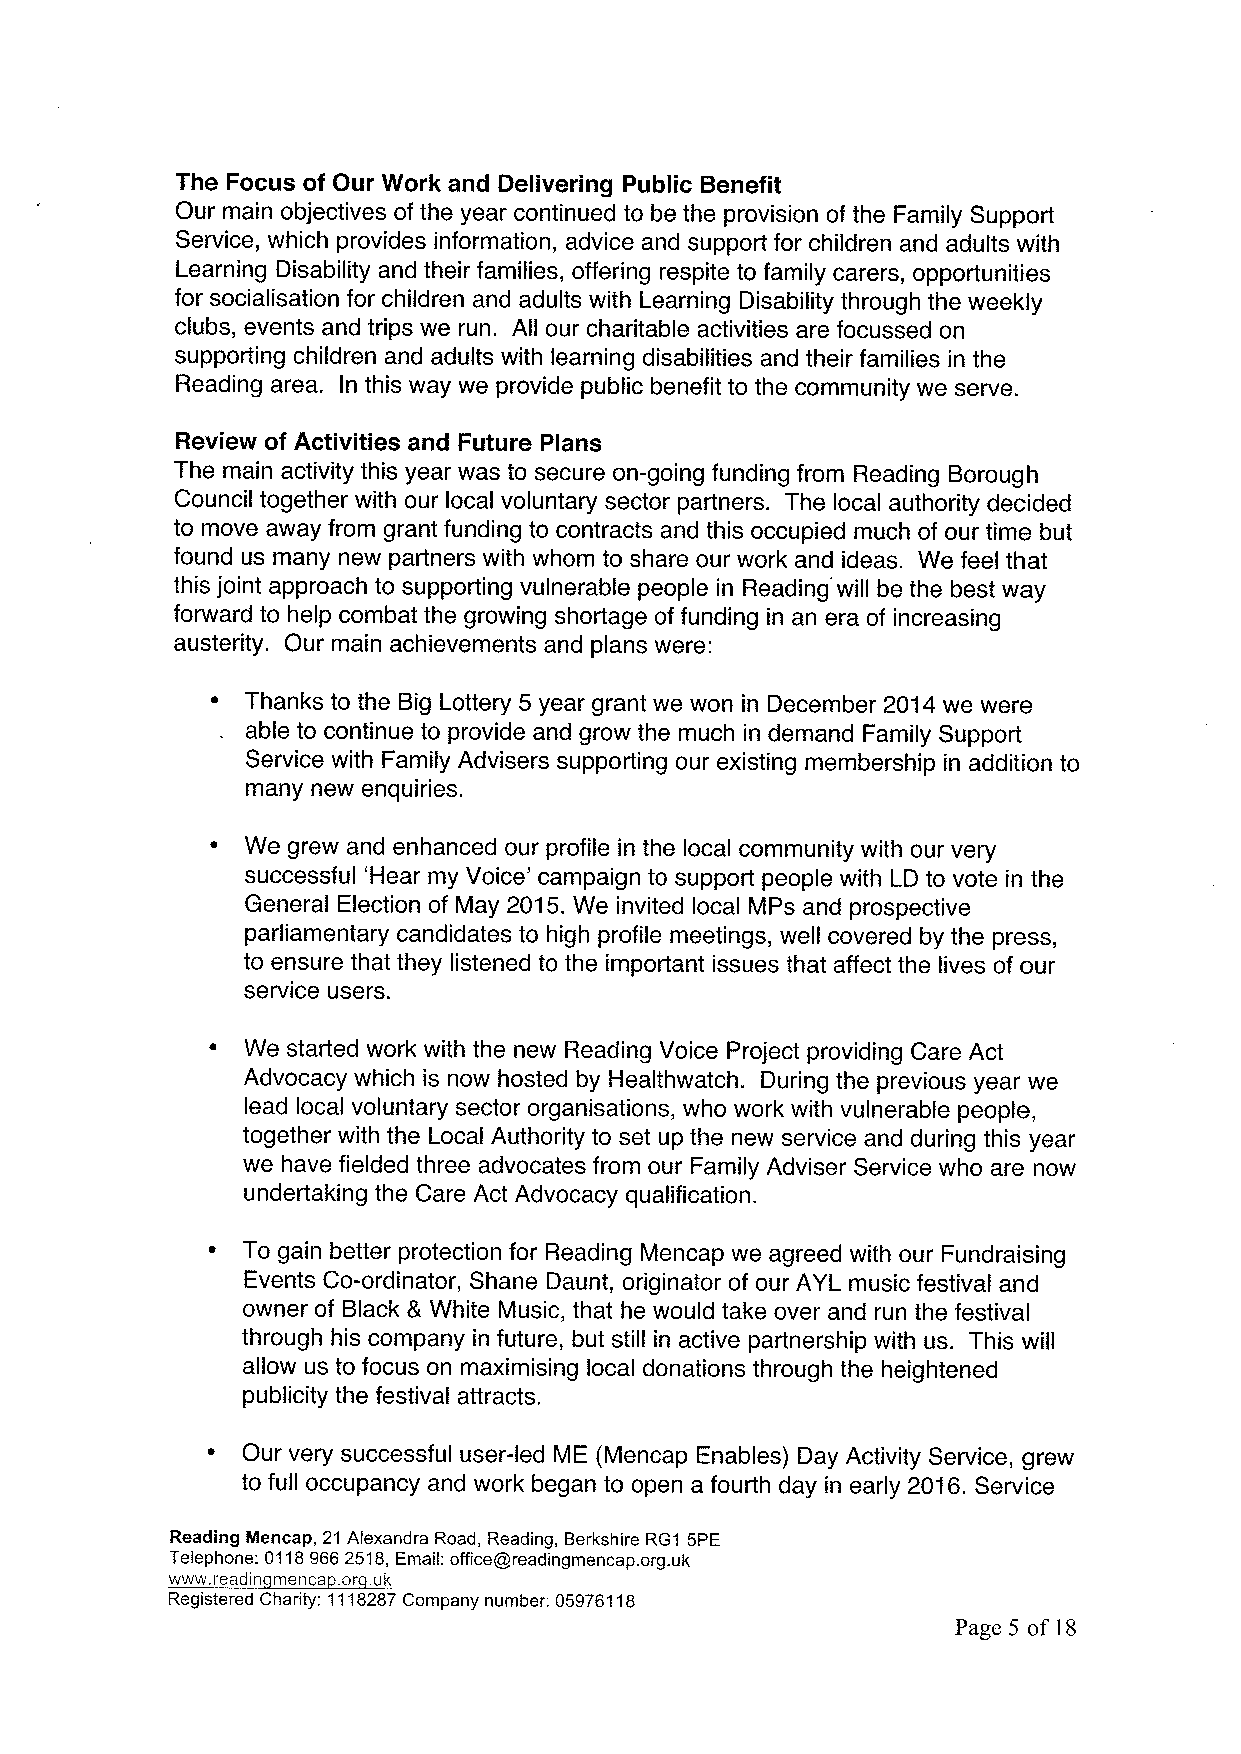
The Focus of Our Work and Delivering Public Benefit
 Our main objectives of the year continued to be the provision of the Family Support
 Service, which provides information, advice and support for children and adults with
 Learning Disability and their families, offering respite to family carers, opportunities
 for socialisation for children and adults with Learning Disability through the weekly
 clubs, events and trips we run. All our charitable activities are focussed on
 supporting children and adults with learning disabilities and their families in the
 Reading area. In this way we provide public benefit to the community we serve.
 Review of Activities and Future Plans
 The main activity this year was to secure on-going funding from Reading Borough
 Council together with our local voluntary sector partners. The local authority decided
 to move away from grant funding to contracts and this occupied much of our time but
 found us many new partners with whom to share our work and ideas. We feel that
 this joint approach to supporting vulnerable people in Reading will be the best way
 forward to help combat the growing shortage of funding in an era of increasing
 austerity. Our main achievements and plans were:
 ~ Thanks to the Big Lottery 5 year grant we won in December 2014we were
 able to continue to provide and grow the much in demand Family Support
 Service with Family Advisers supporting our existing membership in addition to
 many new enquiries.
 ~ We grew and enhanced our profile in the local community with our very
 successful 'Hear my Voice' campaign to support people with LD to vote in the
 General Election of May 2015.We invited local MPs and prospective
 parliamentary candidates to high profile meetings, well covered by the press,
 to ensure that they listened to the important issues that affect the lives of our
 service users.
 ~ We started work with the new Reading Voice Project providing Care Act
 Advocacy which is now hosted by Healthwatch. During the previous year we
 lead local voluntary sector organisations, who work with vulnerable people,
 together with the Local Authority to set up the new service and during this year
 we have fielded three advocates from our Family Adviser Service who are now
 undertaking the Care Act Advocacy qualification.
 To gain better protection for Reading Mencap we agreed with our Fundraising
 Events Co-ordinator, Shane Daunt, originator of our AYL music festival and
 owner of Black 8 White Music, that he would take over and run the festival
 through his company in future, but still in active partnership with us. This will
 allow us to focus on maximising local donations through the heightened
 publicity the festival attracts.
 ~ Our very successful user-led ME (Mencap Enables) Day Activity Service, grew
 to full occupancy and work began to open a fourth day in early 2036. Service
 Reading Mencap, 21 Alexandra Road, Reading, Berkshire RG1 5PE
 Telephone: 01189662518,Email: officeoreadingmencap. org.uk
 www. readin menca .or .uk
 Registered Charity: 1118287Company number: 05976118
 Page 5 of 18